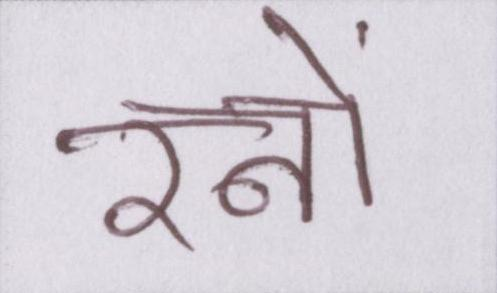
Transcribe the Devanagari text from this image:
रनों